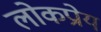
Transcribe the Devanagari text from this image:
लोकप्रोय